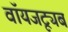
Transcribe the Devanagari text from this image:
वॉयजट्यूब